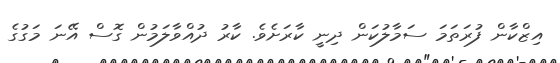
އިޒްކާން ފުރަތަމަ ސަމާލުކަން ދިނީ ކާރަށެވެ. ކާރު ދުއްވާލަމުން ގޮސް އޭނަ މަގުގެ